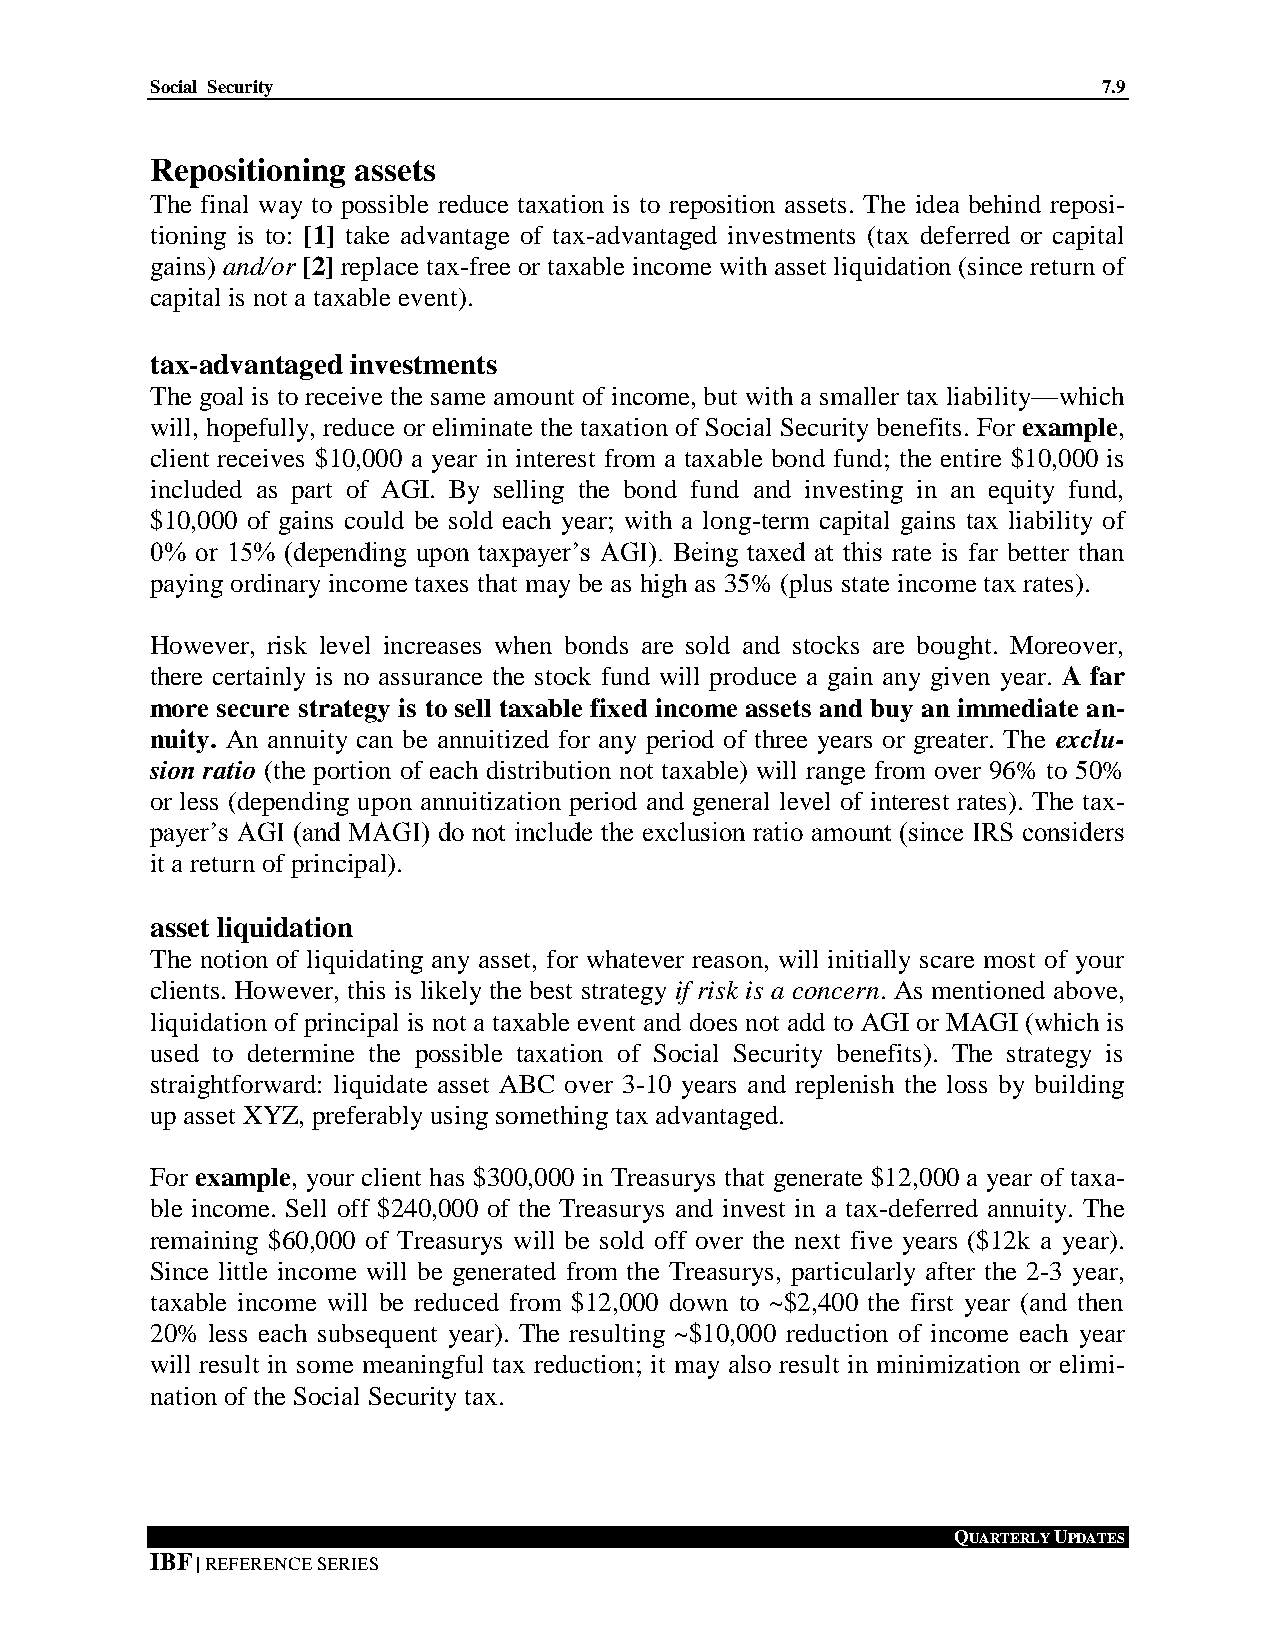
Social Security                                                7.9
 Repositioning assets
 The final way to possible reduce taxation is to reposition assets. The idea behind reposi-
 tioning is to: [1] take advantage of tax-advantaged investments (tax deferred or capital
 gains) and/or [2] replace tax-free or taxable income with asset liquidation (since return of
 capital is not a taxable event).
 tax-advantaged investments
 The goal is to receive the same amount of income, but with a smaller tax liability—which
 will, hopefully, reduce or eliminate the taxation of Social Security benefits. For example,
 client receives $10,000 a year in interest from a taxable bond fund; the entire $10,000 is
 included as part of AGI. By selling the bond fund and investing in an equity fund,
 $10,000 of gains could be sold each year; with a long-term capital gains tax liability of
 0% or 15% (depending upon taxpayer’s AGI). Being taxed at this rate is far better than
 paying ordinary income taxes that may be as high as 35% (plus state income tax rates).
 However, risk level increases when bonds are sold and stocks are bought. Moreover,
 there certainly is no assurance the stock fund will produce a gain any given year. A far
 more secure strategy is to sell taxable fixed income assets and buy an immediate an-
 nuity. An annuity can be annuitized for any period of three years or greater. The exclu-
 sion ratio (the portion of each distribution not taxable) will range from over 96% to 50%
 or less (depending upon annuitization period and general level of interest rates). The tax-
 payer’s AGI (and MAGI) do not include the exclusion ratio amount (since IRS considers
 it a return of principal).
 asset liquidation
 The notion of liquidating any asset, for whatever reason, will initially scare most of your
 clients. However, this is likely the best strategy if risk is a concern. As mentioned above,
 liquidation of principal is not a taxable event and does not add to AGI or MAGI (which is
 used to determine the possible taxation of Social Security benefits). The strategy is
 straightforward: liquidate asset ABC over 3-10 years and replenish the loss by building
 up asset XYZ, preferably using something tax advantaged.
 For example, your client has $300,000 in Treasurys that generate $12,000 a year of taxa-
 ble income. Sell off $240,000 of the Treasurys and invest in a tax-deferred annuity. The
 remaining $60,000 of Treasurys will be sold off over the next five years ($12k a year).
 Since little income will be generated from the Treasurys, particularly after the 2-3 year,
 taxable income will be reduced from $12,000 down to ~$2,400 the first year (and then
 20% less each subsequent year). The resulting ~$10,000 reduction of income each year
 will result in some meaningful tax reduction; it may also result in minimization or elimi-
 nation of the Social Security tax.
 QUARTERLY UPDATES
 IBF | REFERENCE SERIES